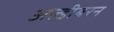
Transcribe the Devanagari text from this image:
अल्डीबरन